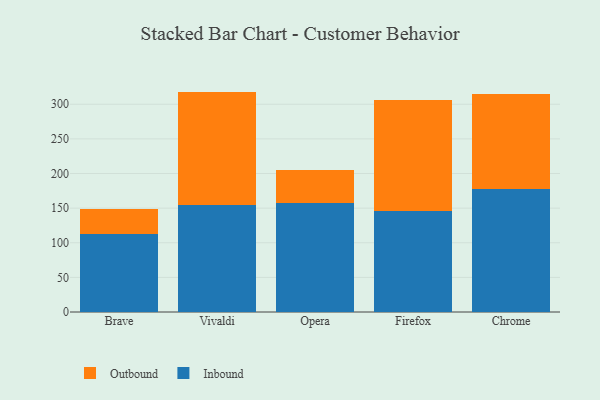
{"axis": {"x": "Browser", "y": "Revenue (USD Million)"}, "legend": ["Inbound", "Outbound"], "data": [{"x": "Brave", "y": 112.3, "type": "Inbound"}, {"x": "Brave", "y": 37.1, "type": "Outbound"}, {"x": "Vivaldi", "y": 154.7, "type": "Inbound"}, {"x": "Vivaldi", "y": 163.6, "type": "Outbound"}, {"x": "Opera", "y": 157.3, "type": "Inbound"}, {"x": "Opera", "y": 48.2, "type": "Outbound"}, {"x": "Firefox", "y": 145.8, "type": "Inbound"}, {"x": "Firefox", "y": 160.7, "type": "Outbound"}, {"x": "Chrome", "y": 178.3, "type": "Inbound"}, {"x": "Chrome", "y": 136.4, "type": "Outbound"}]}